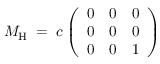
M _ { \mathrm { H } } \; = \; c \left( \begin{array} { l l l } { { 0 } } & { { 0 } } & { { 0 } } \\ { { 0 } } & { { 0 } } & { { 0 } } \\ { { 0 } } & { { 0 } } & { { 1 } } \end{array} \right) \;